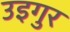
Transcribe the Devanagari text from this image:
उइगुर